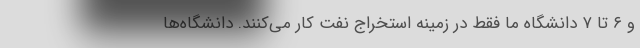
و ۶ تا ۷ دانشگاه ما فقط در زمینه استخراج نفت کار می‌کنند. دانشگاه‌ها